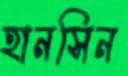
হানসিন